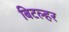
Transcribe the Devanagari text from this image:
बिटल्हर